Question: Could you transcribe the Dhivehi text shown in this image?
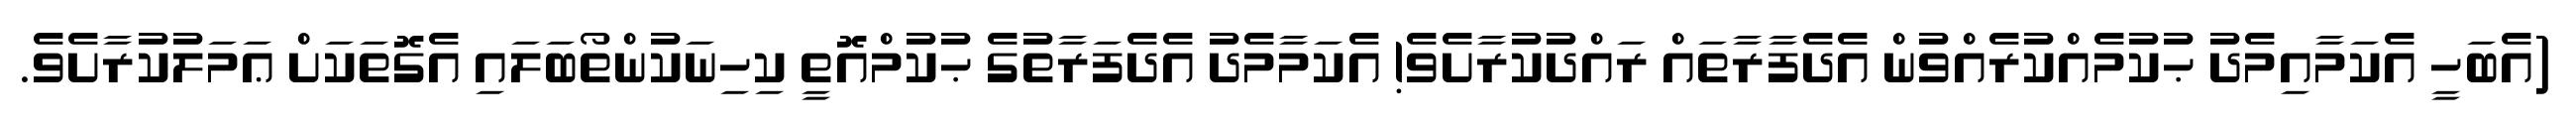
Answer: (އެބަހީ އެކަމާއިމެދު ޙުކުމެއްކުރެއްވުން އެދެފާރާތައް ރައްދުކުރާށެވެ! އެކަމާމެދު އެދެފަރާތުގެ ޙުކުމްއޮތީ ކިހިނަކުންތޯބަލައި އެގޮތަކަށް ޢަމަލުކުރާށެވެ.